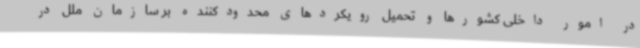
در امور داخلی کشورها و تحمیل رویکردهای محدودکننده بر سازمان ملل در